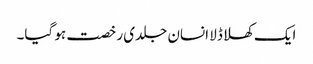
ایک کھلا ڈلا انسان جلدی رخصت ہو گیا۔